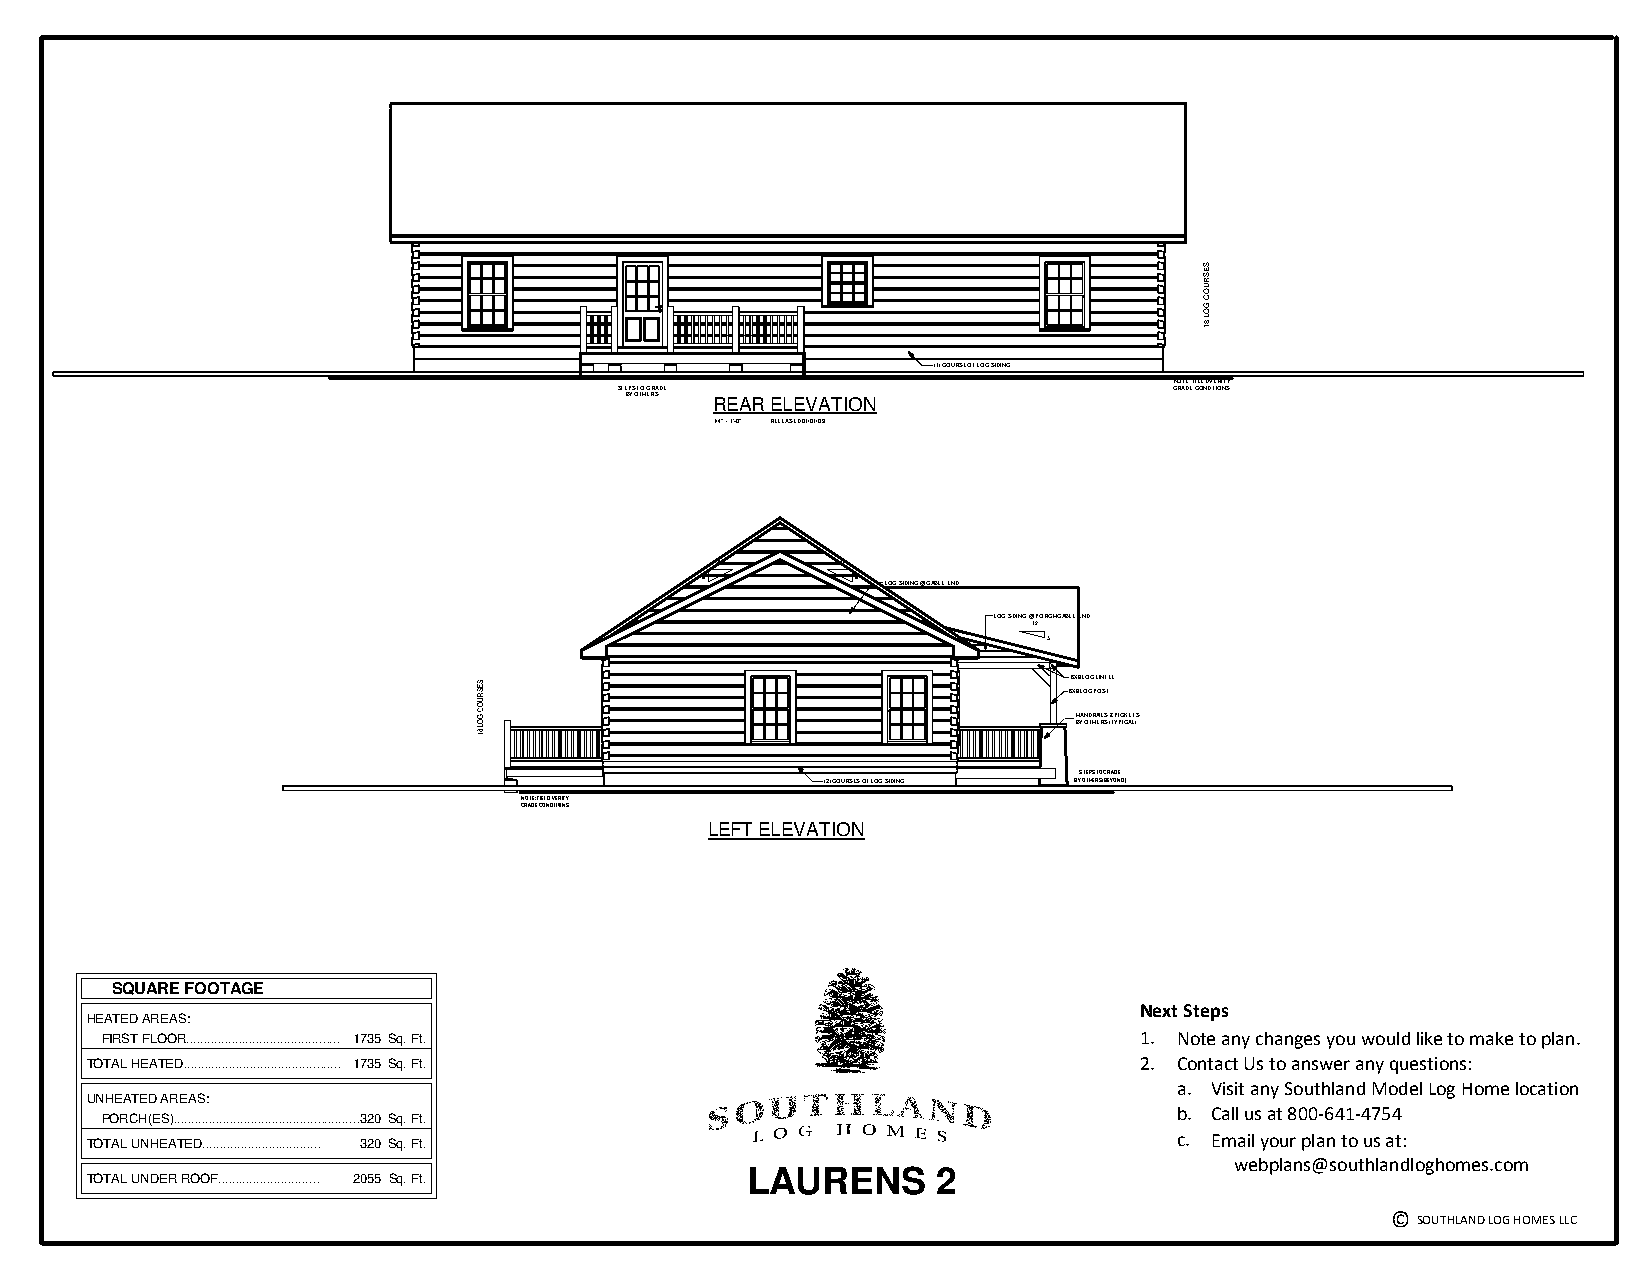
(1) COURSE OF LOG SIDING
 NOTE: FIELD VERIFY
 STEPS TO GRADE                       GRADE CONDITIONS
 BY OTHERS REAR ELEVATION
 1/4" = 1'-0" RELEASED 01/01/09
 12       12
 6          6 LOG SIDING @ GABLE END
 LOG SIDING @ PORCH GABLE END
 12
 3
 66XX88 LLOOGG LLIINNTTEELL
 6X8 LOG POST
 HANDRAILS & PICKETS
 BY OTHERS (TYPICAL)
 STEPS TO GRADE
 (2) COURSES OF LOG SIDING BY OTHERS (BEYOND)
 NOTE: FIELD VERIFY
 GRADE CONDITIONS
 LEFT ELEVATION
 SQUARE FOOTAGE (ANSI Z765-2003)
 Next Steps
 HEATED AREAS:
 FIRST FLOOR............................................ 1735 Sq. Ft. 1. Note any changes you would like to make to plan.
 TOTAL HEATED............................................. 1735 Sq. Ft. 2. Contact Us to ans wer any questions:
 a. Visit any Southland Model Log Home location
 UNHEATED AREAS:
 PORCH(ES).....................................................320 Sq. Ft.
 b. Call us at 800-641-4754
 TOTAL UNHEATED.................................. 320 Sq. Ft.
 c. Email your plan to us at:
 webplans@southlandloghomes.com
 LAURENS      2
 TOTAL UNDER ROOF............................. 2055 Sq. Ft.
 © SOUTHLAND LOG HOMES LLC
 SESRUOC
 GOL
 81
 SESRUOC
 GOL
 81